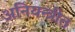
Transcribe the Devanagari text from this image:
अनियन्त्रीत